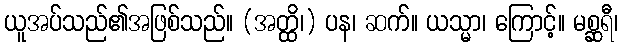
ယူအပ်သည်၏အဖြစ်သည်။ (အတ္ထိ၊) ပန၊ ဆက်။ ယသ္မာ၊ ကြောင့်။ မစ္ဆရီ၊